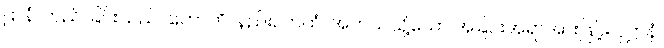
ဌာနံ၊ တည် ခြင်းသည်။ ဟောတိ၊ နည်း။ ကထံ၊ အဘယ်သို့သော အခြင်းအရာအားဖြင့်။ ဝုဋ္ဌာနံ၊